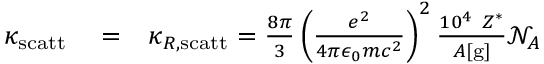
\begin{array} { r l r } { \kappa _ { \mathrm { s c a t t } } } & { { } = } & { \kappa _ { R , \mathrm { s c a t t } } = \frac { 8 \pi } { 3 } \left( \frac { e ^ { 2 } } { 4 \pi \epsilon _ { 0 } m c ^ { 2 } } \right) ^ { 2 } \frac { 1 0 ^ { 4 } ~ Z ^ { * } } { A [ \mathrm { g } ] } \mathcal { N } _ { A } } \end{array}